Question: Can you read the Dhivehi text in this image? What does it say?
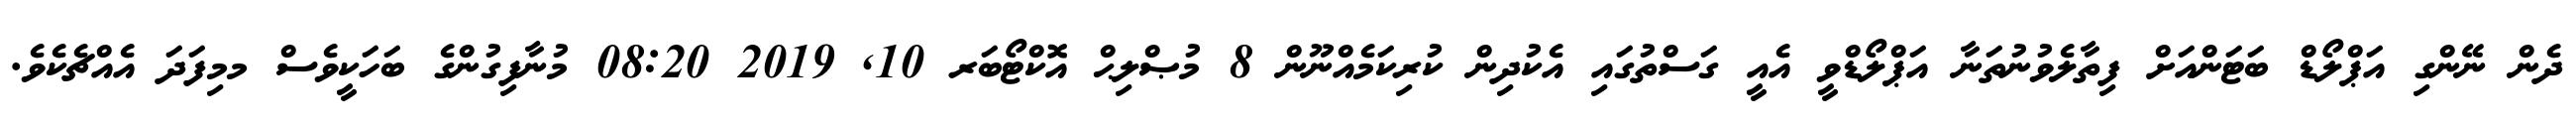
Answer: ދެން ނޭންގި އަޕްލޯޑް ބަޓަންއަށް ފިތާލެވުނުތަނާ އަޕްލޯޑްވީ އެއީ ގަސްތުގައި އެކުދިން ކުރިކަމެއްނޫން 8 މުޞްލިޙް އޮކްޓޯބަރ 10, 2019 08:20 މުނާފިގުންގެ ބަހަކީވެސް މމިފަދަ އެއްޗެކެވެ.